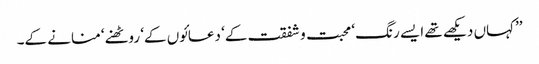
’’کہاں دیکھے تھے ایسے رنگ ‘ محبت و شفقت کے‘ دعائوں کے‘ روٹھنے‘ منانے کے۔